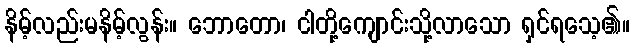
နိမ့်လည်းမနိမ့်လွန်း။ ဘောတော၊ ငါတို့ကျောင်းသို့လာသော ရှင်ရသေ့၏။